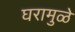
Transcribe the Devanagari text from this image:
घरामुळे